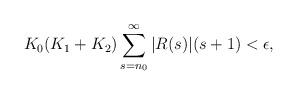
LaTeX: \begin{align*} K_0(K_1+K_2)\sum_{s=n_0}^{\infty}|R(s)|(s+1)<\epsilon, \end{align*}